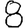
Digit: 8